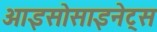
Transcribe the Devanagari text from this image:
आइसोसाइनेट्स